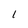
Character: 1